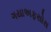
ગયાઅફસોસ